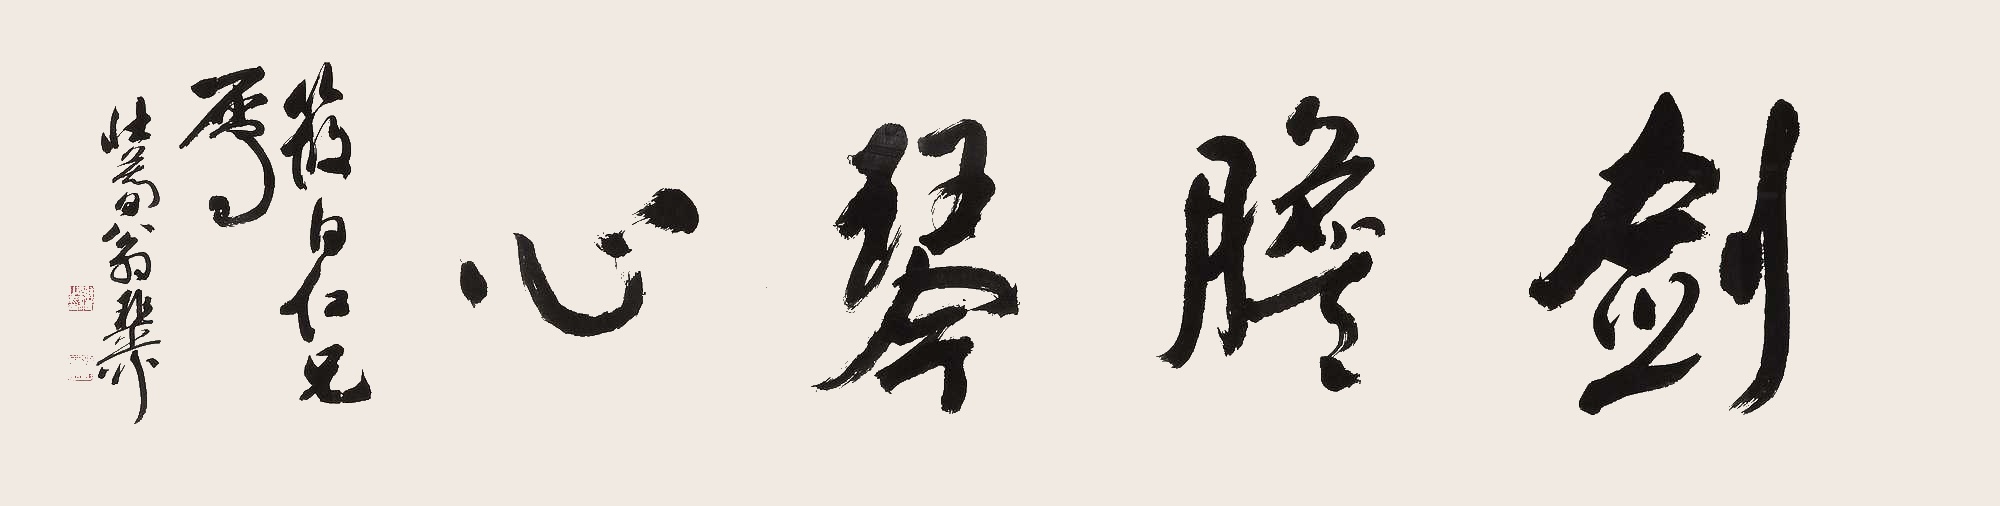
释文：剑胆琴心筱白仁兄属。壮暮翁稚柳。